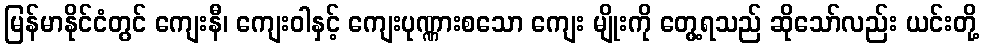
မြန်မာနိုင်ငံတွင် ကျေးနီ၊ ကျေးဝါနှင့် ကျေးပုဏ္ဏားစသော ကျေး မျိုးကို တွေ့ရသည် ဆိုသော်လည်း ယင်းတို့